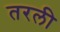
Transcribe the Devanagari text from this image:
तरली